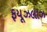
ફયૂઝલાઝ